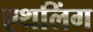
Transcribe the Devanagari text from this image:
एथलिंग